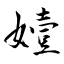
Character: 嬄